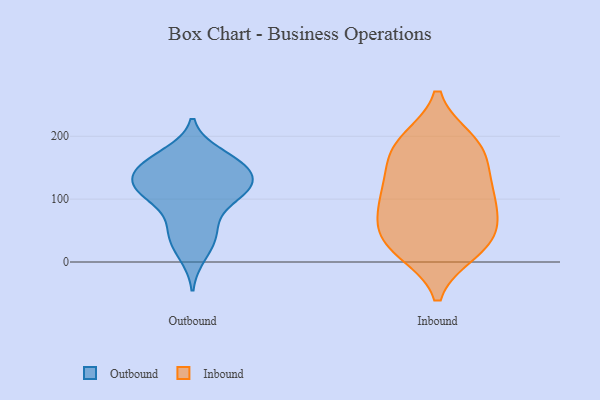
{"axis": {"x": "Budget (USD K)", "y": "Value"}, "legend": ["Inbound", "Outbound"], "data": [{"x": "", "y": 142, "type": "Outbound"}, {"x": "", "y": 114, "type": "Outbound"}, {"x": "", "y": 107, "type": "Outbound"}, {"x": "", "y": 61, "type": "Outbound"}, {"x": "", "y": 46, "type": "Outbound"}, {"x": "", "y": 37, "type": "Outbound"}, {"x": "", "y": 108, "type": "Outbound"}, {"x": "", "y": 113, "type": "Outbound"}, {"x": "", "y": 146, "type": "Outbound"}, {"x": "", "y": 147, "type": "Outbound"}, {"x": "", "y": 110, "type": "Outbound"}, {"x": "", "y": 11, "type": "Outbound"}, {"x": "", "y": 157, "type": "Outbound"}, {"x": "", "y": 130, "type": "Outbound"}, {"x": "", "y": 164, "type": "Outbound"}, {"x": "", "y": 171, "type": "Outbound"}, {"x": "", "y": 165, "type": "Inbound"}, {"x": "", "y": 48, "type": "Inbound"}, {"x": "", "y": 28, "type": "Inbound"}, {"x": "", "y": 53, "type": "Inbound"}, {"x": "", "y": 192, "type": "Inbound"}, {"x": "", "y": 105, "type": "Inbound"}, {"x": "", "y": 23, "type": "Inbound"}, {"x": "", "y": 76, "type": "Inbound"}, {"x": "", "y": 136, "type": "Inbound"}, {"x": "", "y": 100, "type": "Inbound"}, {"x": "", "y": 18, "type": "Inbound"}, {"x": "", "y": 182, "type": "Inbound"}, {"x": "", "y": 111, "type": "Inbound"}, {"x": "", "y": 189, "type": "Inbound"}]}